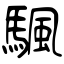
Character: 颿